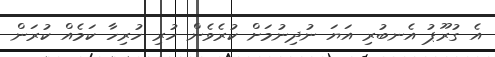
އެ ގުރޫޕު އެނބުރި އަޔަ ނުދިނުމަށް ކުރެވެން ހުރި ހުރިހާ ކަމެއް ކުރަން